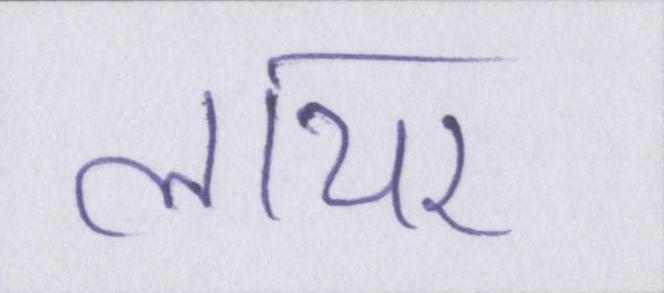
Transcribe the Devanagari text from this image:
लायर